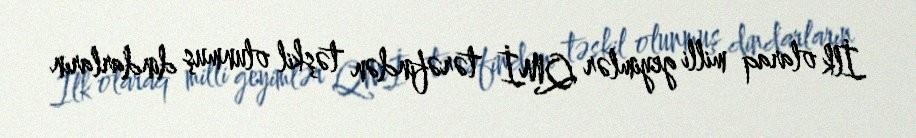
İlk olaraq milli geyimlər QMİ tərəfindən təşkil olunmuş dindarların